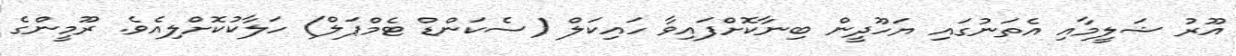
އޫރު ޝަލީމާއި އެތަނުގައި ޔަހޫދީން ބިނާކޮށްފައިވާ ހައިކަލް (ސެކަންޑް ޓެމްޕަލް) ހަލާކުކޮށްލިއެވެ. ރޫމީންގެ